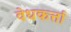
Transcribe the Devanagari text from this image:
वेधकर्त्ता